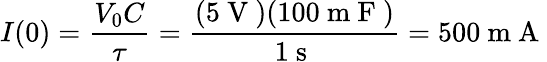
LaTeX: I(0)=\frac{V_{0}C}{\tau}=\frac{(5\mathrm{~V~})(100\mathrm{~m~F~})}{1\mathrm{~s~}}=500\mathrm{~m~A~}